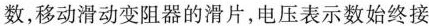
数，移动滑动变阻器的滑片，电压表示数始终接